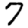
Digit: 7